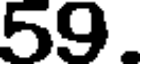
59.